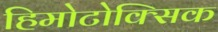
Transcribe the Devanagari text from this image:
हिमोटोक्सिक